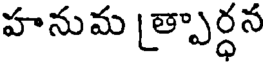
హనుమ త్పార్ధన